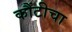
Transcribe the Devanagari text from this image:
कौंटीचा